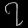
Digit: ၇